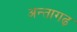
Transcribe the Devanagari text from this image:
अन्तागढ़